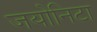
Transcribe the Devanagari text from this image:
जयोनिटा